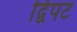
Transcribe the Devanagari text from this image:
द्विपट